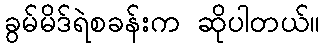
ခွမ်မိဒ်ရဲစခန်းက ဆိုပါတယ်။